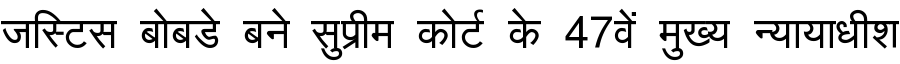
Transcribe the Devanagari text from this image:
जस्टिस बोबडे बने सुप्रीम कोर्ट के 47वें मुख्य न्यायाधीश